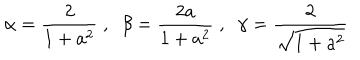
LaTeX: \alpha = \frac 2 { 1 + a ^ { 2 } } \; , \; \; \beta = \frac { 2 a } { 1 + a ^ { 2 } } \; , \; \; \gamma = \frac { 2 } { \sqrt { 1 + a ^ { 2 } } }